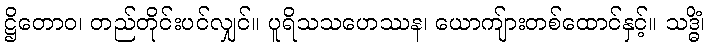
ဋ္ဌိတောဝ၊ တည်တိုင်းပင်လျှင်။ ပူရိသသဟေဿန၊ ယောကျ်ားတစ်ထောင်နှင့်။ သဒ္ဓိံ၊